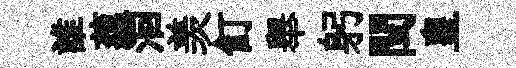
誰蘊洄羡飣舉躬閏皇